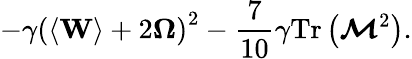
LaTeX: -\gamma\left(\left\langle\mathbf{W}\right\rangle+2\boldsymbol{\Omega}\right)^{2}-\frac{7}{10}\gamma\mathrm{Tr}\left(\boldsymbol{\mathcal{M}}^{2}\right).